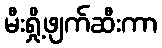
မီးရှို့ဖျက်ဆီးကာ